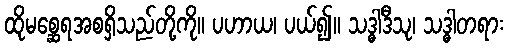
ထိုမစ္ဆေရအစရှိသည်တို့ကို။ ပဟာယ၊ ပယ်၍။ သဒ္ဓါဒီသု၊ သဒ္ဓါတရား